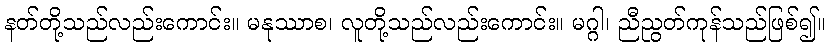
နတ်တို့သည်လည်းကောင်း။ မနုဿာစ၊ လူတို့သည်လည်းကောင်း။ မဂ္ဂါ၊ ညီညွတ်ကုန်သည်ဖြစ်၍။